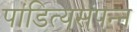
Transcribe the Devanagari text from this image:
पांडित्यसंपन्न